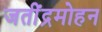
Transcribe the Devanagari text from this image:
जतींद्रमोहन